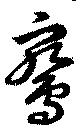
鵷